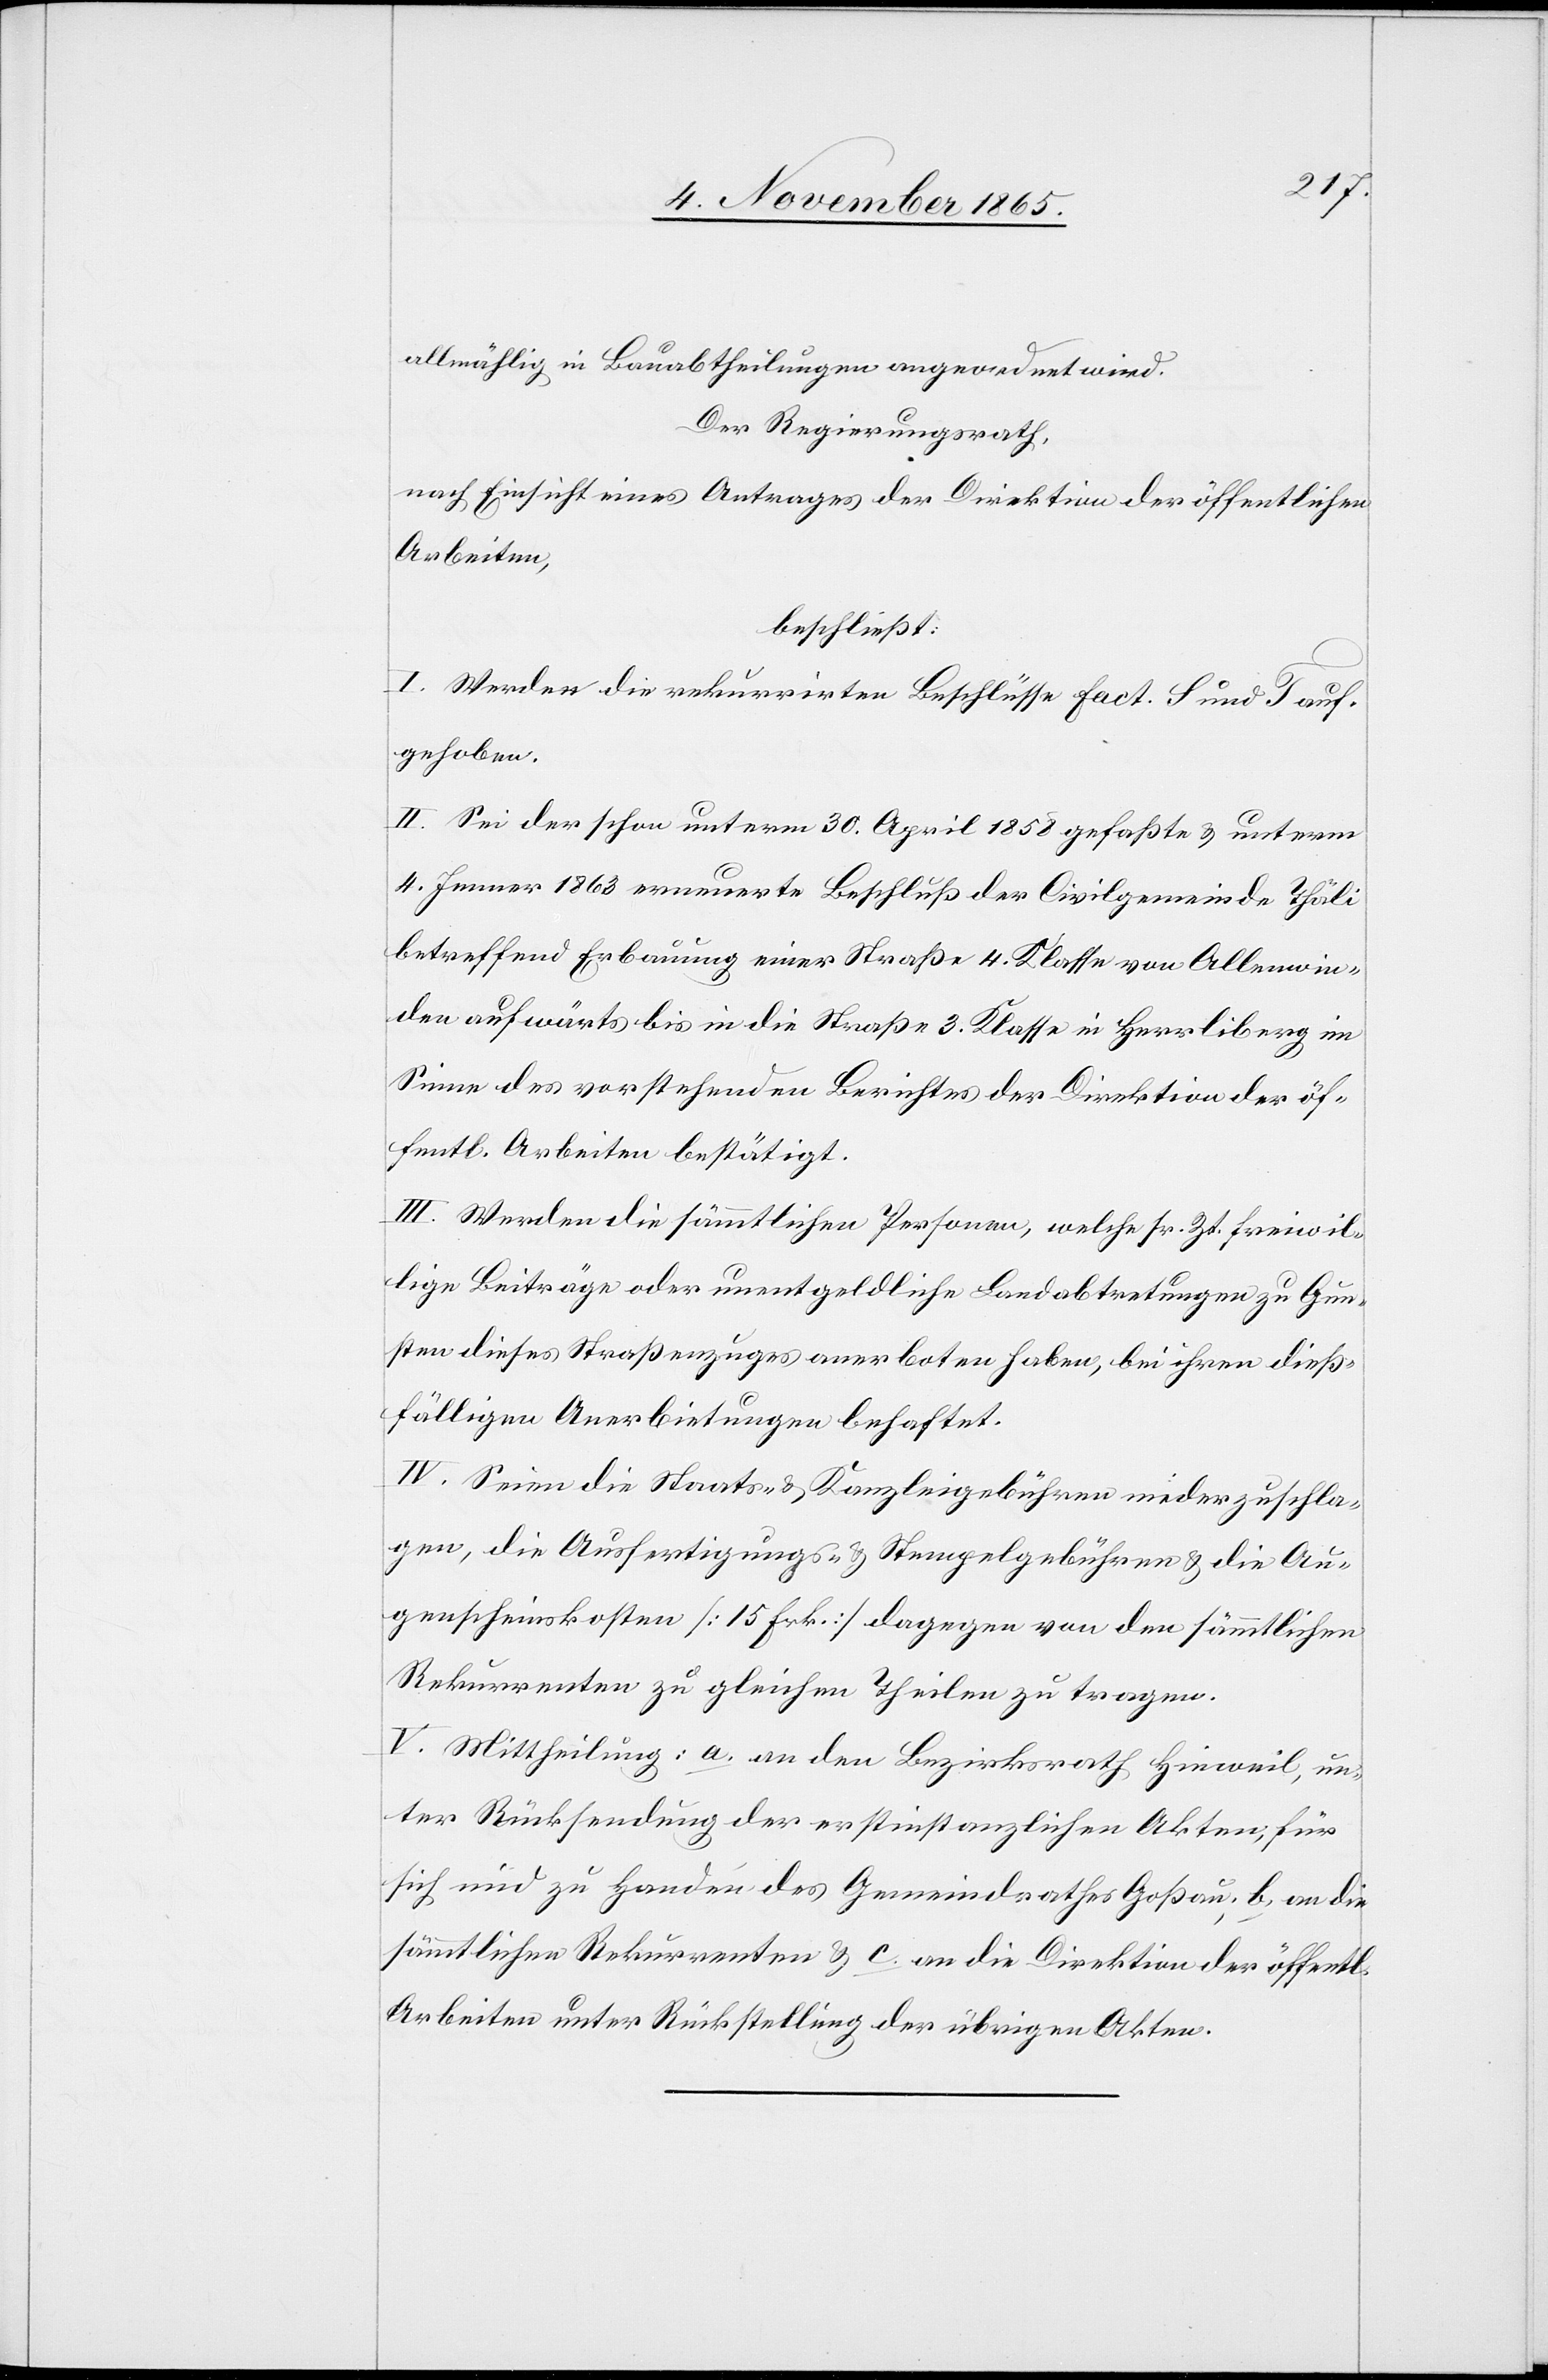
allmählig in Bauabtheilungen angeordnet wird.
Der Regierungsrath,
nach Einsicht eines Antrages der Direktion der öffentlichen
Arbeiten,
beschließt:
I. Werden die rekurrirten Beschlüsse Fact. S und T auf¬
gehoben.
II. Sei der schon unterm 30. April 1858 gefaßte & unterm
4. Januar 1863 erneuerte Beschluß der Civilgemeinde Thäli
betreffend Erbauung einer Straße 4. Klasse von Allenwin¬
den aufwärts bis in die Straße 3. Klasse in Herrliberg im
Sinne des vorstehenden Berichtes der Direktion der öf¬
fentl. Arbeiten bestätigt.
III. Werden die sämmtlichen Personen, welche sr. Zt. freiwil¬
lige Beiträge oder unentgeldliche Landabtretungen zu Gun¬
sten dieses Straßenzuges anerboten haben, bei ihren dieß¬
fälligen Anerbietungen behaftet.
IV. Seien die Staats- & Kanzleigebühren niederzuschla¬
gen, die Ausfertigungs- & Stempelgebühren & die Au¬
genscheinskosten [15 Frk.] dagegen von den sämmtlichen
Rekurrenten zu gleichen Theilen zu tragen.
V. Mittheilung: a. an den Bezirksrath Hinweil, un¬
ter Rücksendung der erstinstanzlichen Akten, für
sich und zu Handen des Gemeindrathes Goßau; b. an die
sämmtlichen Rekurrenten & c. an die Direktion der öffentl.
Arbeiten unter Rückstellung der übrigen Akten.